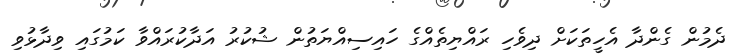
ދެމުން ގެންދާ އެހީތަކަށް ދިވެހި ރައްޔިތެއްގެ ހައިސިއްޔަތުން ޝުކުރު އަދާކުރައްވާ ކަމުގައި ވިދާޅުވި